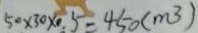
5 0 \times 3 0 \times 0 . 5 = 4 5 0 ( m ^ { 3 } )